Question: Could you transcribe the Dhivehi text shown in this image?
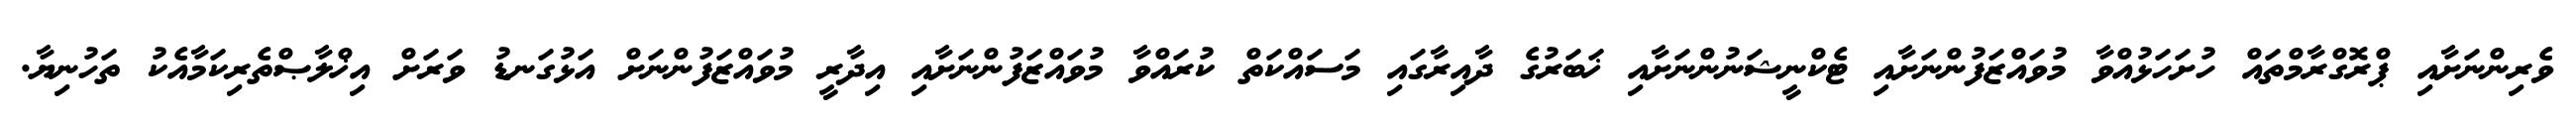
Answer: ވެރިންނަށާއި ޕްރޮގްރާމްތައް ހުށަހަޅުއްވާ މުވައްޒަފުންނަށާއި ޓެކްނީޝަނުންނަށާއި ޚަބަރުގެ ދާއިރާގައި މަސައްކަތް ކުރައްވާ މުވައްޒަފުންނަށާއި އިދާރީ މުވައްޒަފުންނަށް އަޅުގަނޑު ވަރަށް އިޚްލާޞްތެރިކަމާއެކު ތަހުނިޔާ.